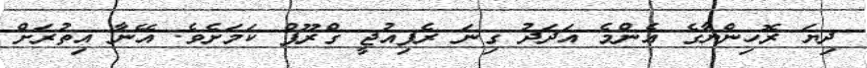
ދިޔަ ރޮހިންޔާގެ އެންމެ އަދަދު ގިނަ ރެފިއުޖީ ގްރޫޕް ކަމަށެވެ. އޭނާ އިތުރަށް